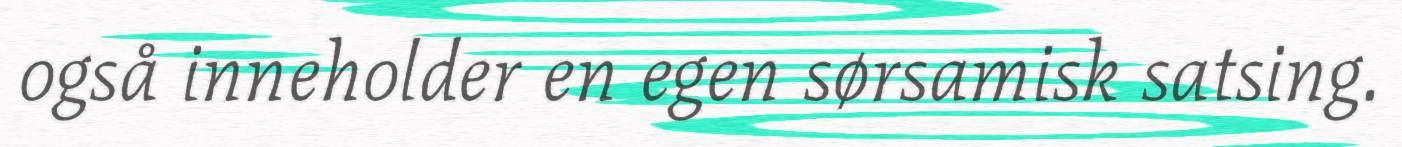
også inneholder en egen sørsamisk satsing.